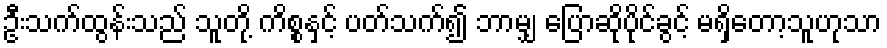
ဦးသက်ထွန်းသည် သူတို့ ကိစ္စနှင့် ပတ်သက်၍ ဘာမျှ ပြောဆိုပိုင်ခွင့် မရှိတော့သူဟုသာ